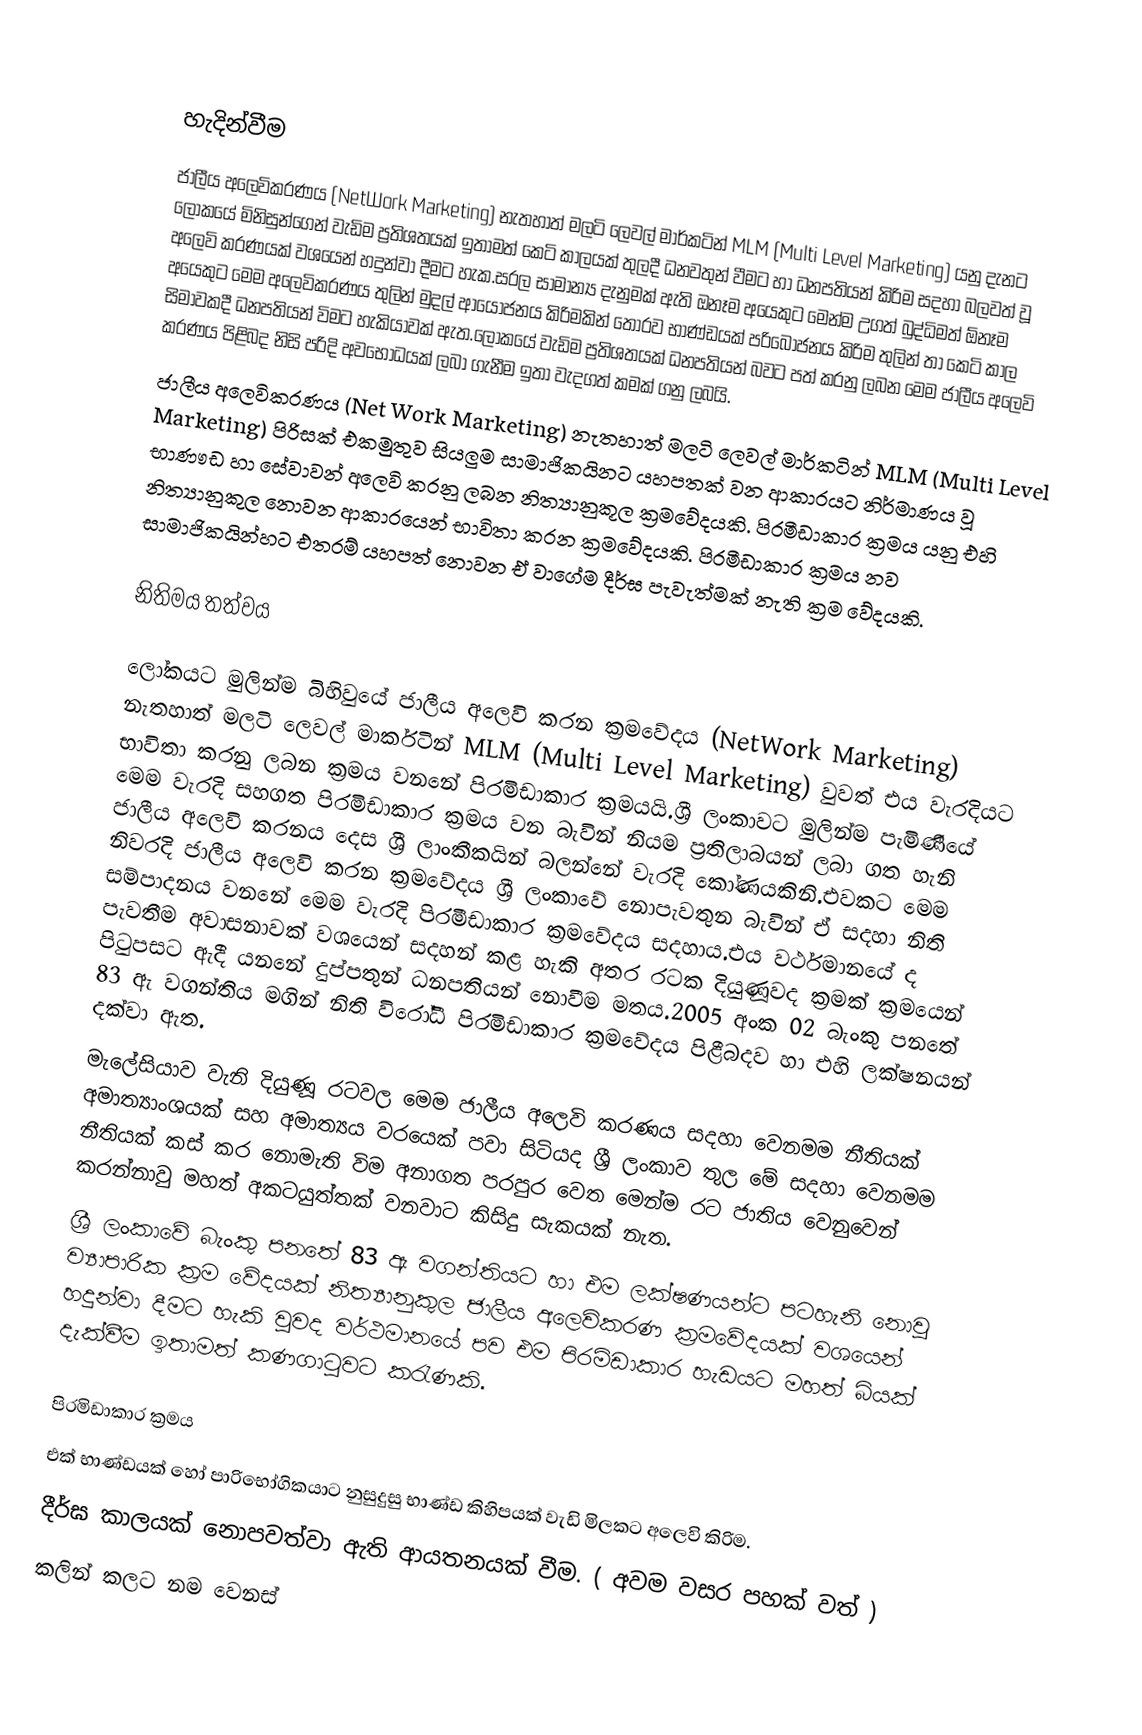

හැදින්වීම
ජාලීය අලෙවිකරණය (NetWork Marketing) නැතහාත් මලටි ලෙවල් මාර්කටින් MLM (Multi Level Marketing) යනු දැනට ලෝකයේ මිනිසුන්ගෙන් වැඩිම ප්‍රතිශතයක් ඉතාමත් කෙටි කාලයක් තුලදී ධනවතුන් වීමට හා ධනපතියන් කිරිම සදහා බලවත් වූ අලෙවි කරණයක් වශයෙන් හදුන්වා දීමට හැක.සරල සාමාන්‍ය දැනුමක් ඇති ඔනෑම අයෙකුට මෙන්ම උගත් බුද්ධිමත් ඕනෑම අයෙකුට මෙම අලෙවිකරණය  තුලින් මුදල් ආයෝජනය කිරිමකින් තොරව භාණ්ඩයක් පරිබෝජනය කිරිම තුලින් තා කෙටි කාල සිමාවකදී ධනපතියන් විමට හැකියාවක් ඇත.ලෝකයේ වැඩිම ප්‍රතිශතයක් ධනපතියන් බවට පත් කරනු ලබන මෙම ජාලීය අලෙවි කරණය පිළිබද නිසි පරිදි අවභෝධයක් ලබා ගැනීම ඉතා වැදගත් කමක් ගනු ලබයි.
ජාලීය අලෙවිකරණය (Net Work Marketing) නැතහාත් මලටි ලෙවල් මාර්කටින් MLM (Multi Level Marketing) පිරිසක් එකමුතුව සියලුම සාමාජිකයිනට යහපතක් වන ආකාරයට නිර්මාණය වූ භාණෟඩ හා සේවාවන් අලෙවි කරනු ලබන නිත්‍යානුකූල ක්‍රමවේදයකි. පිරමීඩාකාර ක්‍රමය යනු එහි නිත්‍යානුකුල නොවන ආකාරයෙන් භාවිතා කරන ක්‍රමවේදයකි. පිරමීඩාකාර ක්‍රමය නව සාමාජිකයින්හට එතරම් යහපත් නොවන ඒ වාගේම දීර්ඝ පැවැත්මක් නැති ක්‍රම වේදයකි.

නිතිමය තත්වය

ලෝකයට මුලින්ම බිහිවුයේ ජාලීය අලෙවි කරන ක්‍රමවේදය (NetWork Marketing) නැතහාත් මලටි ලෙවල් මාර්කටින් MLM (Multi Level Marketing) වුවත් එය වැරදියට භාවිතා කරනු ලබන ක්‍රමය වනනේ පිරමිඩාකාර ක්‍රමයයි.ශ්‍රී ලංකාවට මුලින්ම පැමිණීයේ මෙම වැරදි සහගත පිරමිඩාකාර ක්‍රමය වන බැවින් නියම ප්‍රතිලාබයන් ලබා ගත හැනි ජාලීය අලෙවි කරනය දෙස ශ්‍රී ලාංකීකයින් බලන්නේ වැරදි කෝණයකිනි.එවකට මෙම නිවරදි ජාලීය අලෙවි කරන ක්‍රමවේදය ශ්‍රී ලංකාවේ නොපැවතුන බැවින් ඒ සදහා නිති සම්පාදනය වනනේ මෙම වැරදි පිරමීඩාකාර ක්‍රමවේදය සදහාය.එය වර්ථමානයේ ද පැවතීම අවාසනාවක් වශයෙන් සදහන් කළ හැකි අතර රටක දියුණූවද ක්‍රමක් ක්‍රමයෙන් පිටුපසට ඇදී යනනේ දුප්පතුන් ධනපතියන් නොවීම මතය.2005 අංක 02 බැංකු පනතේ 83 ඇ වගන්තිය මගින් නිති විරෝධී පිරමිඩාකාර ක්‍රමවේදය පිළීබදව හා එහි ලක්ෂනයන් දක්වා ඇත.
මැලේසියාව වැනි දියුණූ රටවල මෙම ජාලීය අලෙවි කරණය සදහා වෙනමම නීතියක් අමාත්‍යාංශයක් සහ අමාත්‍යය වරයෙක් පවා සිටියද ශ්‍රී ලංකාව තුල මේ සදහා වෙනමම නීතියක් කස් කර නොමැති විම අනාගත පරපුර වෙත මෙන්ම රට ජාතිය වෙනුවෙන් කරන්නාවු මහත් අකටයුත්තක් වනවාට කිසිදු සැකයක් නැත.
ශ්‍රී ලංකාවේ බැංකු පනතේ 83 ඇ වගන්තියට හා එම ලක්ෂණයන්ට පටහැනි නොවූ ව්‍යාපාරික ක්‍රම වේදයක් නිත්‍යානුකුල ජාලීය අලෙවිකරණ ක්‍රමවේදයක් වශයෙන් හදුන්වා දීමට හැකි වුවද වර්ථමානයේ පව එම පිරමිඩාකාර හැඩයට මහත් බියක් දැක්වීම ඉතාමත් කණගාටුවට කරැණකි.

පිරමිඩාකාර ක්‍රමය
 එක් භාණ්ඩයක් හෝ පාරිභෝගිකයාට නුසුදුසු භාණ්ඩ කිහිපයක් වැඩි මිලකට අලෙවි කිරිම.
 දීර්ඝ කාලයක් නොපවත්වා ඇති ආයතනයක් වීම. ( අවම වසර පහක් වත් )
 කලින් කලට නම වෙනස්